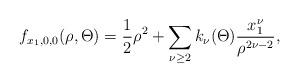
LaTeX: \begin{align*}f_{x_1,0,0}(\rho,\Theta) = \frac{1}{2}\rho^2 + \sum_{\nu\geq 2}k_\nu(\Theta)\frac{x_1^\nu}{\rho^{2\nu-2}},\end{align*}